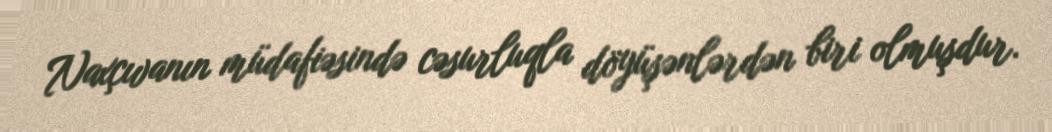
Naxçıvanın müdafiəsində cəsurluqla döyüşənlərdən biri olmuşdur.